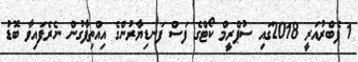
1 ފެބްރުއަރީ 2018ގައި ސުޕްރީމް ކޯޓްގެ ފަސް ފަނޑިޔާރުންގެ އިއްތިފާގުން ނެރެފައިވާ ބޮޑު